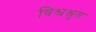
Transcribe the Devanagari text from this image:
विश्वश्रुत